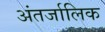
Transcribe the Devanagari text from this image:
अंतर्जालिक